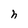
Character: n